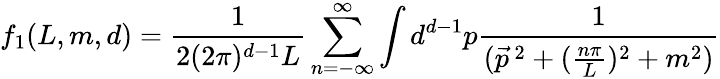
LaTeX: f_{1}(L,m,d)=\frac{1}{2(2\pi)^{d-1}L}\sum_{n=-\infty}^{\infty}\int d^{d-1}p\frac{1}{(\vec{p}^{\, 2}+(\frac{n\pi}{L})^{2}+m^{2})}